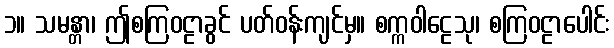
၁။ သမန္တာ၊ ဤစကြဝဠာခွင် ပတ်ဝန်းကျင်မှ။ စက္ကဝါဠေသု၊ စကြဝဠာပေါင်း